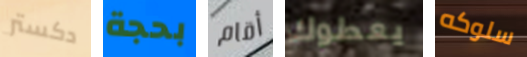
دكستر بحجة أقام يعطوك سلوكه